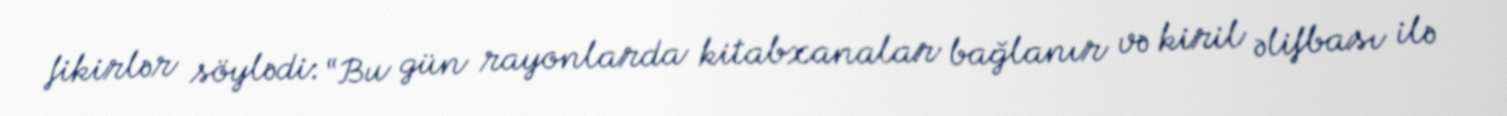
fikirlər söylədi: “Bu gün rayonlarda kitabxanalar bağlanır və kiril əlifbası ilə